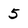
Character: 5